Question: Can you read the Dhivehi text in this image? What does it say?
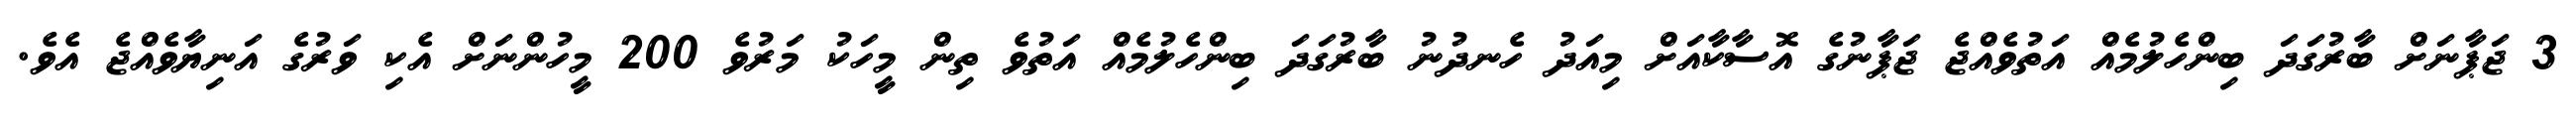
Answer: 3 ޖަޕާނަށް ބާރުގަދަ ބިންހެލުމެއް އަތުވެއްޖެ ޖަޕާނުގެ އޮސާކާއަށް މިއަދު ހެނދުނު ބާރުގަދަ ބިންހެލުމެއް އަތުވެ ތިން މީހަކު މަރުވެ 200 މީހުންނަށް އެކި ވަރުގެ އަނިޔާވެއްޖެ އެވެ.